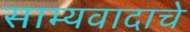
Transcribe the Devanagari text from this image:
साम्यवादाचे